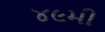
૪૯મી